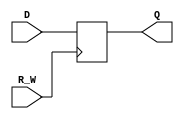
module REGISTER_UNIT(D,Q,R_W);
    // D FLIP-FLOP
    input D;
    output reg Q;
    // Enable Write
    input R_W;

    always @(posedge R_W)
    begin
        // Write into D Flip-Flop
        if (R_W == 1)
            Q <= D;
    end
endmodule